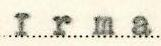
Irma